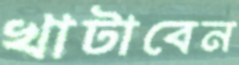
খাটাবেন